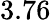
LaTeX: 3.76